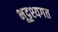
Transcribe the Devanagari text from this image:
भूदृश्यगत